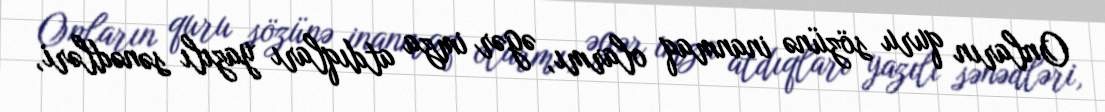
Onların quru sözünə inanmaq olarmı, əgər imza atdıqları yazılı sənədləri,